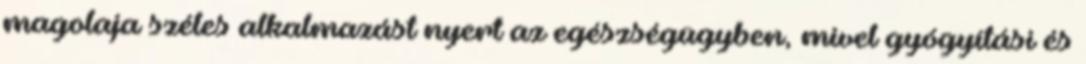
magolaja széles alkalmazást nyert az egészségügyben, mivel gyógyítási és